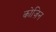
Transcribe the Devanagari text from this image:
कोज़िन